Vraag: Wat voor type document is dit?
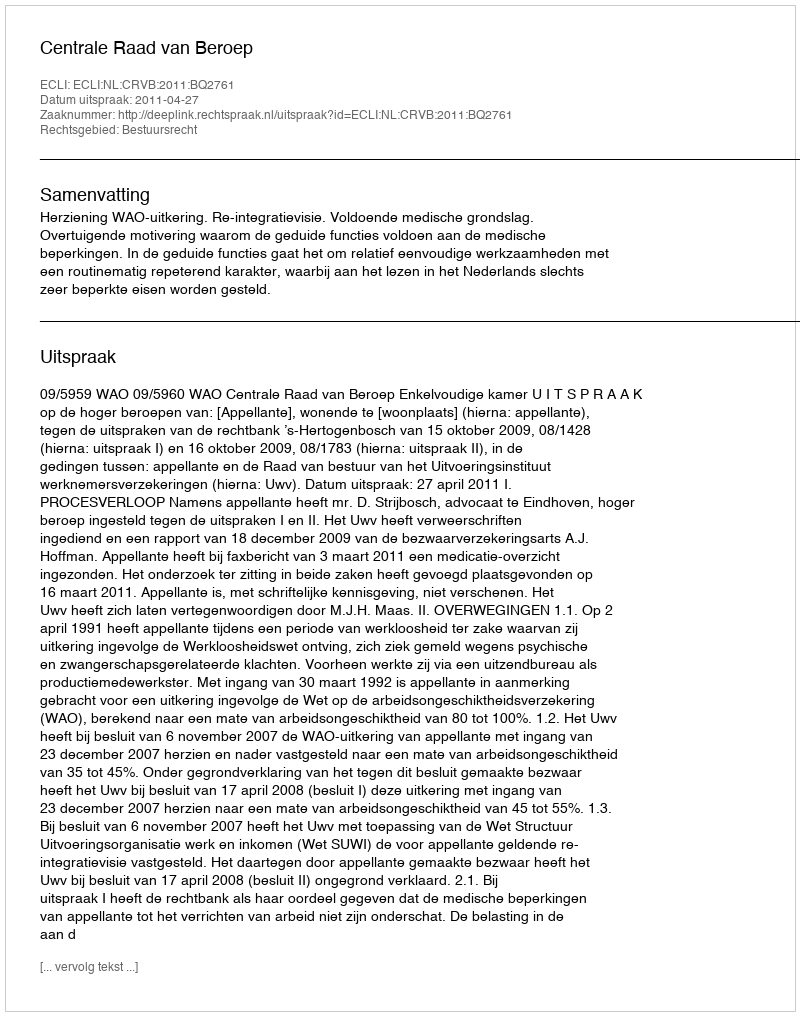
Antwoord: Uitspraak